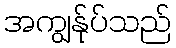
အကျွန်ုပ်သည်